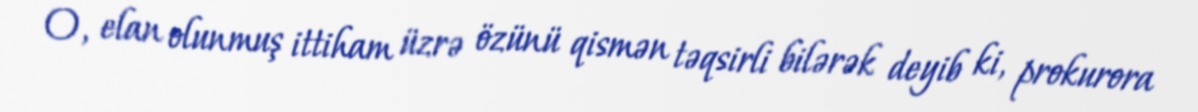
O, elan olunmuş ittiham üzrə özünü qismən təqsirli bilərək deyib ki, prokurora